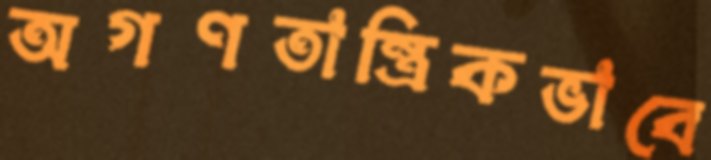
অগণতান্ত্রিকভাবে